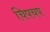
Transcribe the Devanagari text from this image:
चिपचप